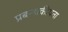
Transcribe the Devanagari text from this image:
प्रबन्धकीयता